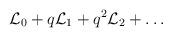
LaTeX: \begin{align*}{\cal L}_0 + q {\cal L}_1 + q^2 {\cal L}_2 + \dots\end{align*}